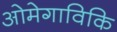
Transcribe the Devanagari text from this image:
ओमेगाविकि